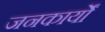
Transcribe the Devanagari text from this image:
जनकार्यों